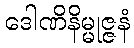
ဒေါဏိနိမ္မုဇ္ဇနံ